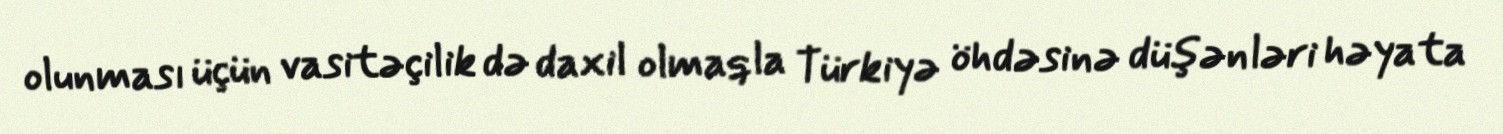
olunması üçün vasitəçilik də daxil olmaqla Türkiyə öhdəsinə düşənləri həyata